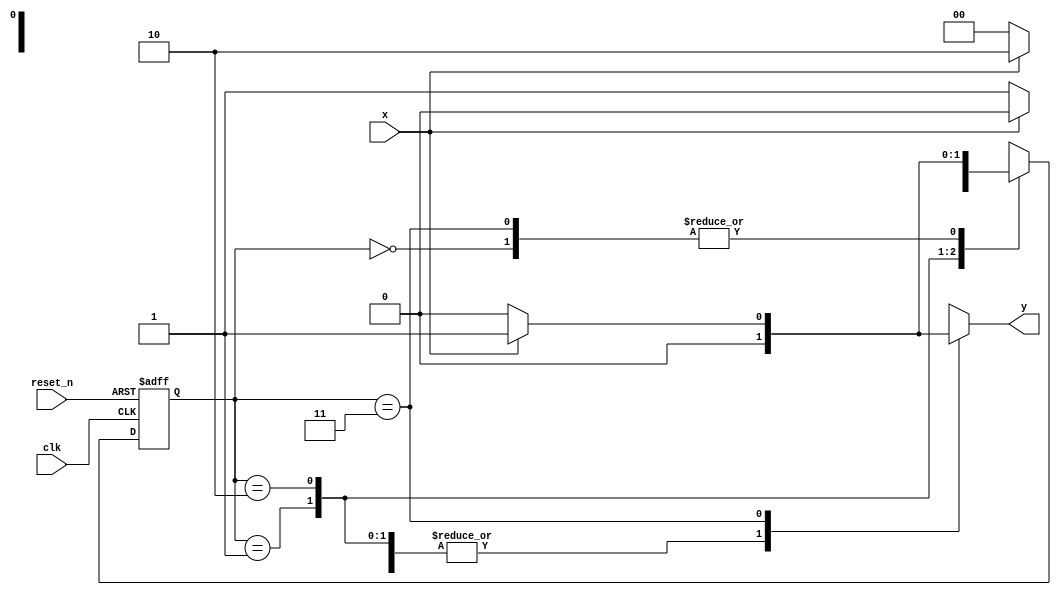
`timescale 1ns / 1ps
//////////////////////////////////////////////////////////////////////////////////
// Company: 
// Engineer: 
// 
// Design Name: 
// Module Name: mealy_1101_detector
// Project Name: 
// Target Devices: 
// Tool Versions: 
// Description: 
// 
// Dependencies: 
// 
// Revision:
// Revision 0.01 - File Created
// Additional Comments:
// 
//////////////////////////////////////////////////////////////////////////////////


module mealy_1101_detector(
    input clk,
    input reset_n,
    input x, 
    output reg y
    );
    
    reg [1:0] present_state, next_state;
    
    parameter [1:0] s0 = 2'b00;
    parameter [1:0] s1 = 2'b01;
    parameter [1:0] s2 = 2'b10;
    parameter [1:0] s3 = 2'b11;
    
    
    //State register
    always@(posedge clk, negedge reset_n)
      begin
        if(!reset_n)
            present_state <= s0;
        else  present_state <= next_state;
      end
    
    //Next state and output logic
    always@(*)
      begin
        case(present_state)
            s0: begin
                y=0;
                $display(present_state);
                if(x)
                  next_state = s1;
                else next_state = s0;                    
                end
            
            s1: begin
                y=0;
                $display(present_state);
                if(x)
                  next_state = s2;
                else next_state = s0;    
                end
            
            s2: begin
                y=0;
                $display(present_state);
                if(x)
                  next_state = s2;
                else next_state = s3;            
                end
            
            s3: begin
                
                $display(present_state);
                if(x)
                  begin
                  next_state = s1;
                    y = 1; 
                  end
                else begin
                 next_state = s0;
                 y=0;
                 end            
                end
                
            default: begin 
                     y=0;
                     $display(present_state);
                     next_state = present_state;
                     
                     end                  
          
        endcase

      end
    
endmodule